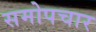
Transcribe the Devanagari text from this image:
समोपचार